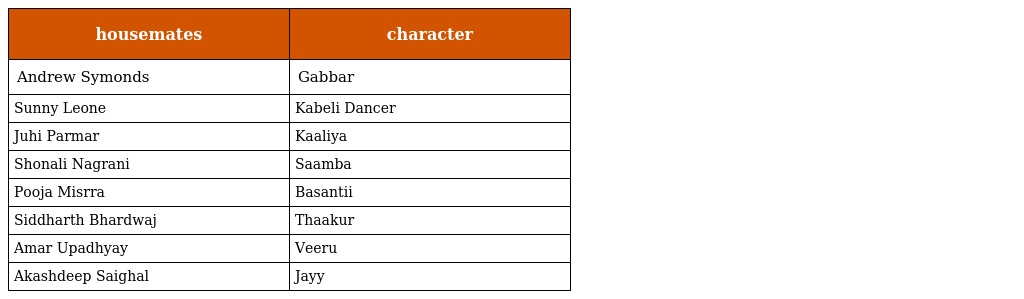
| housemates | character |
 | --- | --- |
 | Andrew Symonds | Gabbar |
 | Sunny Leone | Kabeli Dancer |
 | Juhi Parmar | Kaaliya |
 | Shonali Nagrani | Saamba |
 | Pooja Misrra | Basantii |
 | Siddharth Bhardwaj | Thaakur |
 | Amar Upadhyay | Veeru |
 | Akashdeep Saighal | Jayy |